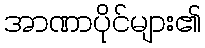
အာဏာပိုင်များ၏